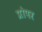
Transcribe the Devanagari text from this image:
प्रोपर